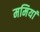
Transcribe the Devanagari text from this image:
ममियां